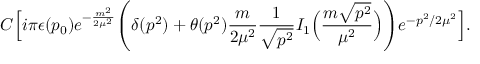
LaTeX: C \Big [ i \pi \epsilon ( p _ { 0 } ) e ^ { - { \frac { m ^ { 2 } } { 2 \mu ^ { 2 } } } } \Bigg ( \delta ( p ^ { 2 } ) + \theta ( p ^ { 2 } ) { \frac { m } { 2 \mu ^ { 2 } } } { \frac { 1 } { \sqrt { p ^ { 2 } } } } I _ { 1 } \Big ( { \frac { m \sqrt { p ^ { 2 } } } { \mu ^ { 2 } } } \Big ) \Bigg ) e ^ { - p ^ { 2 } / 2 \mu ^ { 2 } } \Big ] .